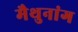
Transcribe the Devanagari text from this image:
मैथुनांग